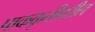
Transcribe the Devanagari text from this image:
पाककृतीवरील